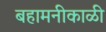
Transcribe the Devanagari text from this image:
बहामनीकाळी